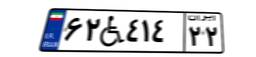
۶۲W۴۱۴۲۲